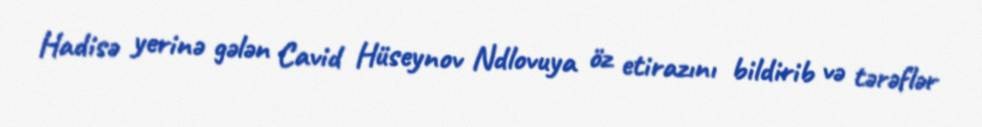
Hadisə yerinə gələn Cavid Hüseynov Ndlovuya öz etirazını bildirib və tərəflər